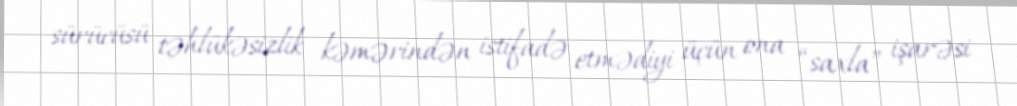
sürücüsü təhlükəsizlik kəmərindən istifadə etmədiyi üçün ona “saxla” işarəsi